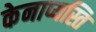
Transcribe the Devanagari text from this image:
केनाप्यस्ति